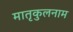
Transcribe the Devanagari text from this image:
मातृकुलनाम